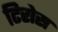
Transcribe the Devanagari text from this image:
टिरोस